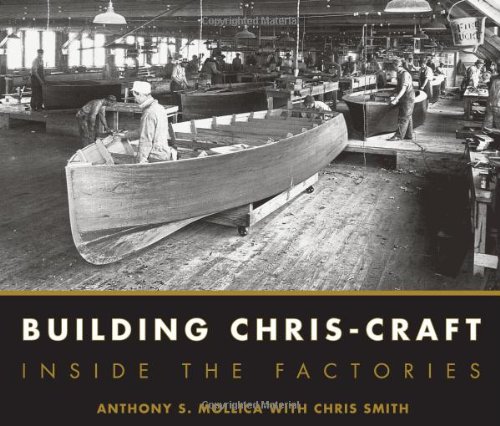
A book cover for Building Chris-Craft: Inside the Factories; Anthony S. Mollica; Business & Money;